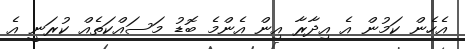
އެހެން ކަމުން އެ އިދާރާ އިން އެންމެ ބޮޑު މަސައްކަތެއް ކުރަނީ އެ